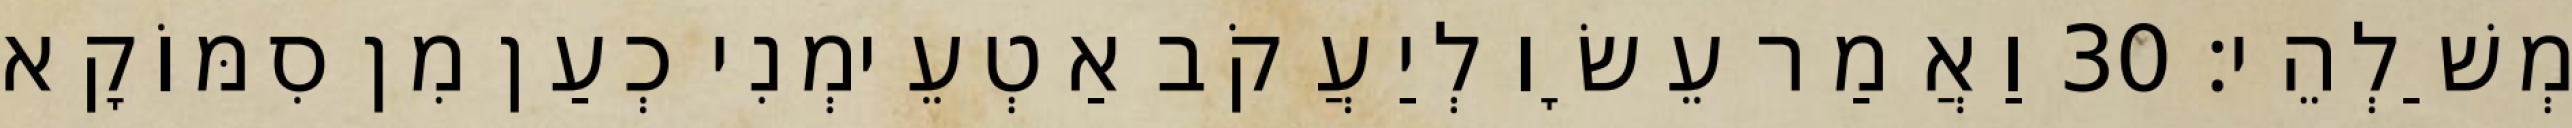
מְשַׁלְהֵי׃ 30 וַאֲמַר עֵשָׂו לְיַעֲקֹב אַטְעֵימְנִי כְעַן מִן סִמּוֹקָא